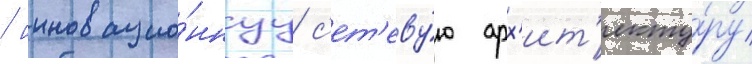
/ инновацио́ннуу с'ет'еву́ю арх'ит'екту́ру